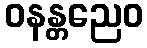
ဝနန္တညေဝ